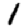
Digit: 1